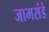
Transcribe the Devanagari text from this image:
जामसंडे